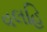
વલહિ